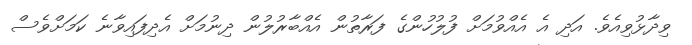
ވިދާޅުވިއެވެ. އަދި އެ އެއްވުމަށް ފުލުހުންގެ ފަރާތުން އެއްބާރުލުން ދިނުމަށް އެދިފައިވާނެ ކަމަށްވެސް